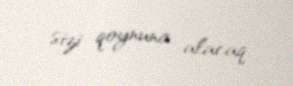
sizi qoynuna alacaq.